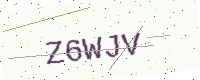
Text: Z6WJV